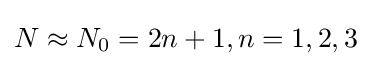
N\approx N_{0}=2n+1,n=1,2,3